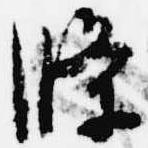
条